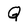
Character: Q